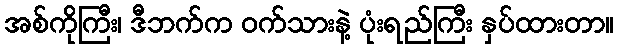
အစ်ကိုကြီး၊ ဒီဘက်က ဝက်သားနဲ့ ပုံးရည်ကြီး နှပ်ထားတာ။